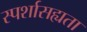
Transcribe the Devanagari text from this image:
स्पर्शासह्यता